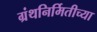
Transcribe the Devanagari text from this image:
ग्रंथनिर्मितीच्या